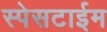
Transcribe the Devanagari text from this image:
स्पेसटाईम